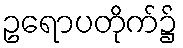
ဥရောပတိုက်၌